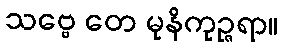
သဗ္ဗေ တေ မုနိကုဉ္ဇရာ။